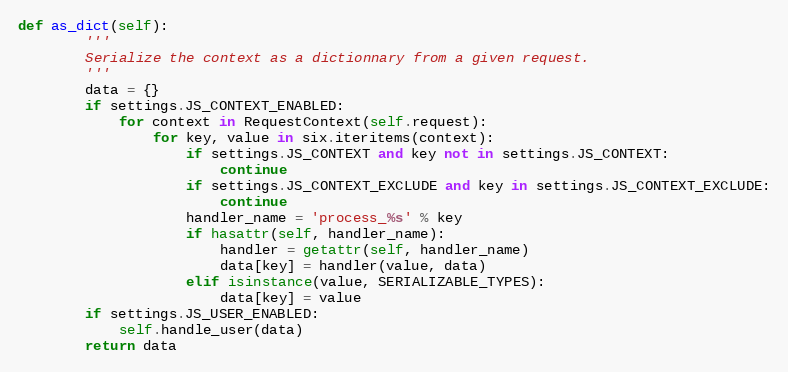
Language: Python
def as_dict(self):
        '''
        Serialize the context as a dictionnary from a given request.
        '''
        data = {}
        if settings.JS_CONTEXT_ENABLED:
            for context in RequestContext(self.request):
                for key, value in six.iteritems(context):
                    if settings.JS_CONTEXT and key not in settings.JS_CONTEXT:
                        continue
                    if settings.JS_CONTEXT_EXCLUDE and key in settings.JS_CONTEXT_EXCLUDE:
                        continue
                    handler_name = 'process_%s' % key
                    if hasattr(self, handler_name):
                        handler = getattr(self, handler_name)
                        data[key] = handler(value, data)
                    elif isinstance(value, SERIALIZABLE_TYPES):
                        data[key] = value
        if settings.JS_USER_ENABLED:
            self.handle_user(data)
        return data